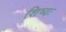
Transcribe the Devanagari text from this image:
शिष्यः